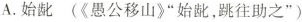
A.始龀(《愚公移山》”始龀，跳往助之”)